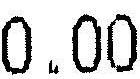
0.00